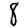
Digit: 8